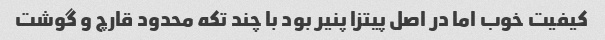
کیفیت خوب اما در اصل پیتزا پنیر بود با چند تکه محدود قارچ و گوشت